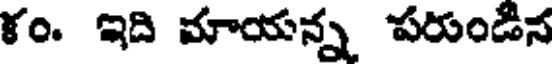
ళం. ఇది మాయన్న పరుండిన